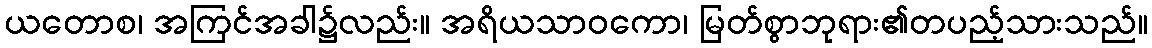
ယတောစ၊ အကြင်အခါ၌လည်း။ အရိယသာဝကော၊ မြတ်စွာဘုရား၏တပည့်သားသည်။